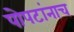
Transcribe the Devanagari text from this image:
पोपटांनाच